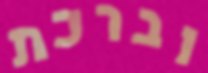
וברכת